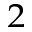
^ { 2 }